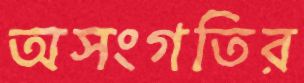
অসংগতির